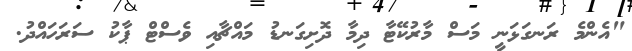
"އެންމެ ރަނގަޅަނީ މަސް މާރުކޭޓާ ދިމާ ދޮށިގަނޑު މައްޗާއި ވެސްޓް ޕާކު ސަރަހައްދު.